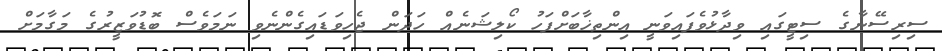
ސިރިސޭނާގެ ސިޓީގައި ވިދާޅުވެފައިވަނީ އިންތިޚާބަށްފަހު ކޯލިޝަނެއް ހަދަން ޖެހިވަޑައިގެންނެވި ނަމަވެސް ބޮޑުވަޒީރުގެ މަގާމަށް